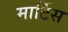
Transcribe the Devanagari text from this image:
मार्टिस